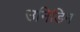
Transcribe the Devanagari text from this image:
उनिडिम